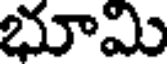
భూమి